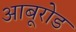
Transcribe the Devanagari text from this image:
आबूरोड